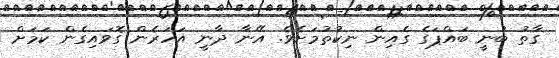
ގާތު ބުނީ ބައްޕަގެ ގެއިން ނިކުތުމަށެވެ. އޭނާ ދާނީ އަހަރެން ގޮވައިގެން ކަމަށް